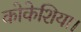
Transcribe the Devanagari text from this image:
कोकेशिया।